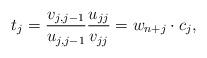
LaTeX: \begin{align*} t_j = \frac{v_{j,{j-1}}}{u_{j,{j-1}}}\frac{u_{jj}}{v_{jj}}= w_{n+j} \cdot c_j,\end{align*}